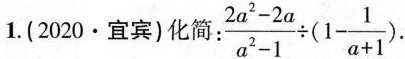
1.(2020·宜宾)化简 $$\frac{2 a ^ {2} - 2 a } { a ^{2} - 1 } \div ( 1 - \frac{1} { a + 1 }$$ .